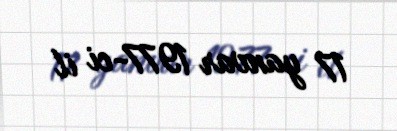
17 yanvar 1977-ci il